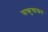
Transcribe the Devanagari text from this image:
सकुचाकर